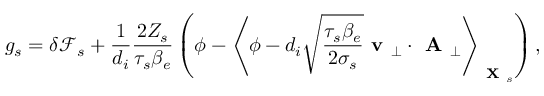
g _ { s } = \delta { \mathcal { F } } _ { s } + \frac { 1 } { d _ { i } } \frac { 2 Z _ { s } } { \tau _ { s } \beta _ { e } } \left( \phi - \left\langle \phi - d _ { i } \sqrt { \frac { \tau _ { s } \beta _ { e } } { 2 \sigma _ { s } } } \textbf { v } _ { \perp } \cdot \textbf { A } _ { \perp } \right\rangle _ { \textbf { X } _ { s } } \right) ,